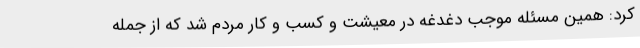
کرد: همین مسئله موجب دغدغه در معیشت و کسب و کار مردم شد که از جمله